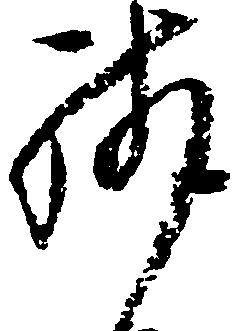
残